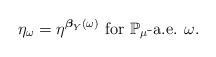
LaTeX: \begin{align*}\eta_{\omega}=\eta^{\boldsymbol{\beta}_{Y}(\omega)}\mbox{ for }\mathbb{P}_{\mu}\mbox{-a.e. }\omega.\end{align*}